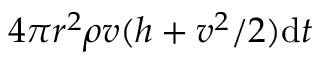
4 \pi r ^ { 2 } \rho v ( h + v ^ { 2 } / 2 ) \mathrm { d } t